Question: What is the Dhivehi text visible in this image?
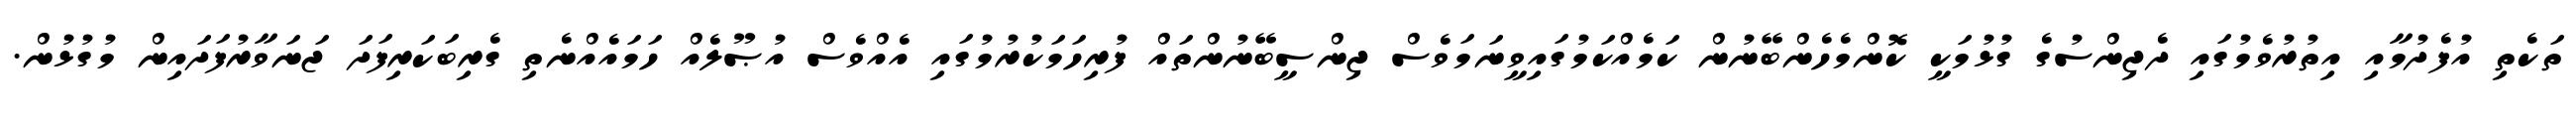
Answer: ތަކެތި އުފެދުމާއި އިތުރުވެމުގައި ދެޖިންސުގެ ގުޅުމަކީ ކޮންމެހެންބޭނުން ކަމެއްކަމުގައިވީނަމަވެސް ޖިންސީބޭނުންތައް ފުރިހަމަކުރުމުގައި އެއްވެސް އުޞޫލެއް ހަމައެއްނެތި ގެރިބަކަރިފަދަ ޖަނަވާރުފަދައިން މުގުޅުން.